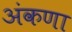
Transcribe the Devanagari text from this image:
अंकणा